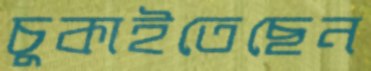
চুকাইতেছেন